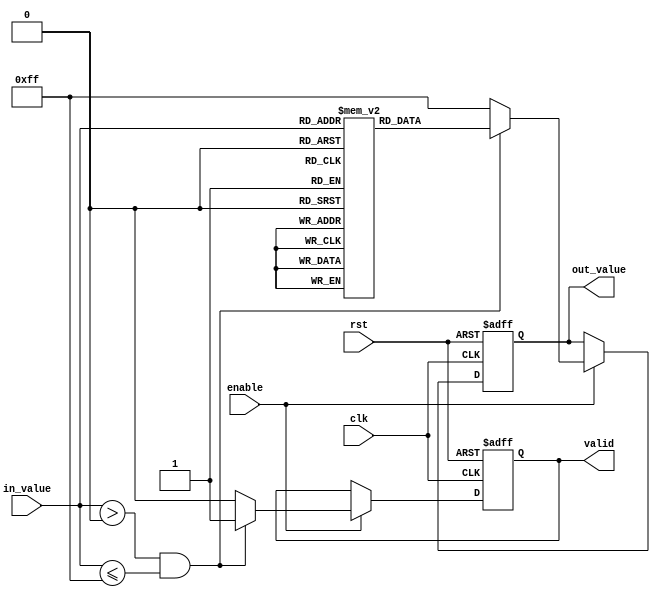
module lut_reciprocal (
    input wire clk,              // Clock input
    input wire rst,              // Reset input
    input wire [7:0] in_value,   // 8-bit input value
    input wire enable,           // Enable signal
    output reg [7:0] out_value,  // 8-bit output value
    output reg valid             // Output valid flag
);

    // Lookup table for reciprocal values (scaled by a factor of 256 for fixed-point representation)
    reg [7:0] lut [0:255]; 

    initial begin
        // Initialize the LUT with precomputed reciprocal values (scaled by 256)
        lut[0] = 8'hFF; // Undefined (reciprocal of 0)
        lut[1] = 8'hFF; // 1.0 (1/1 scaled)
        lut[2] = 8'h80; // 0.5 (1/2 scaled)
        lut[3] = 8'h55; // 0.333... (1/3 scaled)
        lut[4] = 8'h40; // 0.25 (1/4 scaled)
        // ... Fill in the rest of the LUT with appropriate values
        lut[255] = 8'h01; // 0.0039... (1/255 scaled)
        // Note: The actual values should be computed beforehand and filled here.
    end

    // Main process
    always @(posedge clk or posedge rst) begin
        if (rst) begin
            out_value <= 8'b0; // Reset output
            valid <= 1'b0;     // Invalid output on reset
        end else if (enable) begin
            if (in_value > 0 && in_value <= 255) begin
                out_value <= lut[in_value]; // Get reciprocal from LUT
                valid <= 1'b1;              // Output is valid
            end else begin
                out_value <= 8'hFF; // Handle invalid input (like 0 or negative)
                valid <= 1'b0;      // Output is not valid
            end
        end
    end

endmodule